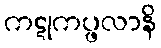
ကဋုကပ္ဖလာနိ